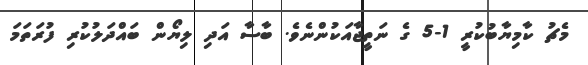
މެޗު ކާމިޔާބުކުރީ 1-5 ގެ ނަތީޖާއަކުންނެވެ. ބާސާ އަދި ލިޔޯން ބައްދަލުކުރި ފުރަތަމަ